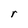
Character: r